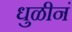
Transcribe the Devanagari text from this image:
धुळीनं